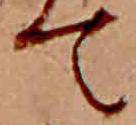
て